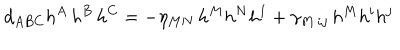
d _ { A B C } h ^ { A } \, h ^ { B } \, h ^ { C } = - \eta _ { M N } \, h ^ { M } h ^ { N } h ^ { 1 } + \gamma _ { M \, i j } \, h ^ { M } h ^ { i } h ^ { j }